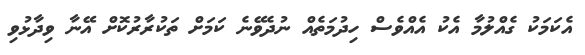
އެކަމަކު ގެއްލުމާ އެކު އެއްވެސް ހިދުމަތެއް ނުދެވޭނެ ކަމަށް ތަކުރާރުކޮށް އޭނާ ވިދާޅުވި